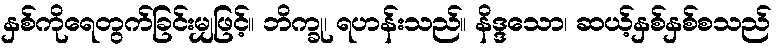
နှစ်ကိုရေတွက်ခြင်းမျှဖြင့်။ ဘိက္ခု၊ ရဟန်းသည်။ နိဒ္ဒသော၊ ဆယ့်နှစ်နှစ်စသည်